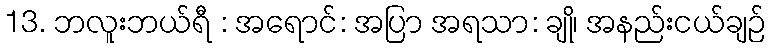
13. ဘလူးဘယ်ရီ : အရောင်: အပြာ အရသာ: ချို၊ အနည်းငယ်ချဉ်